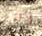
أكثر